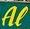
al